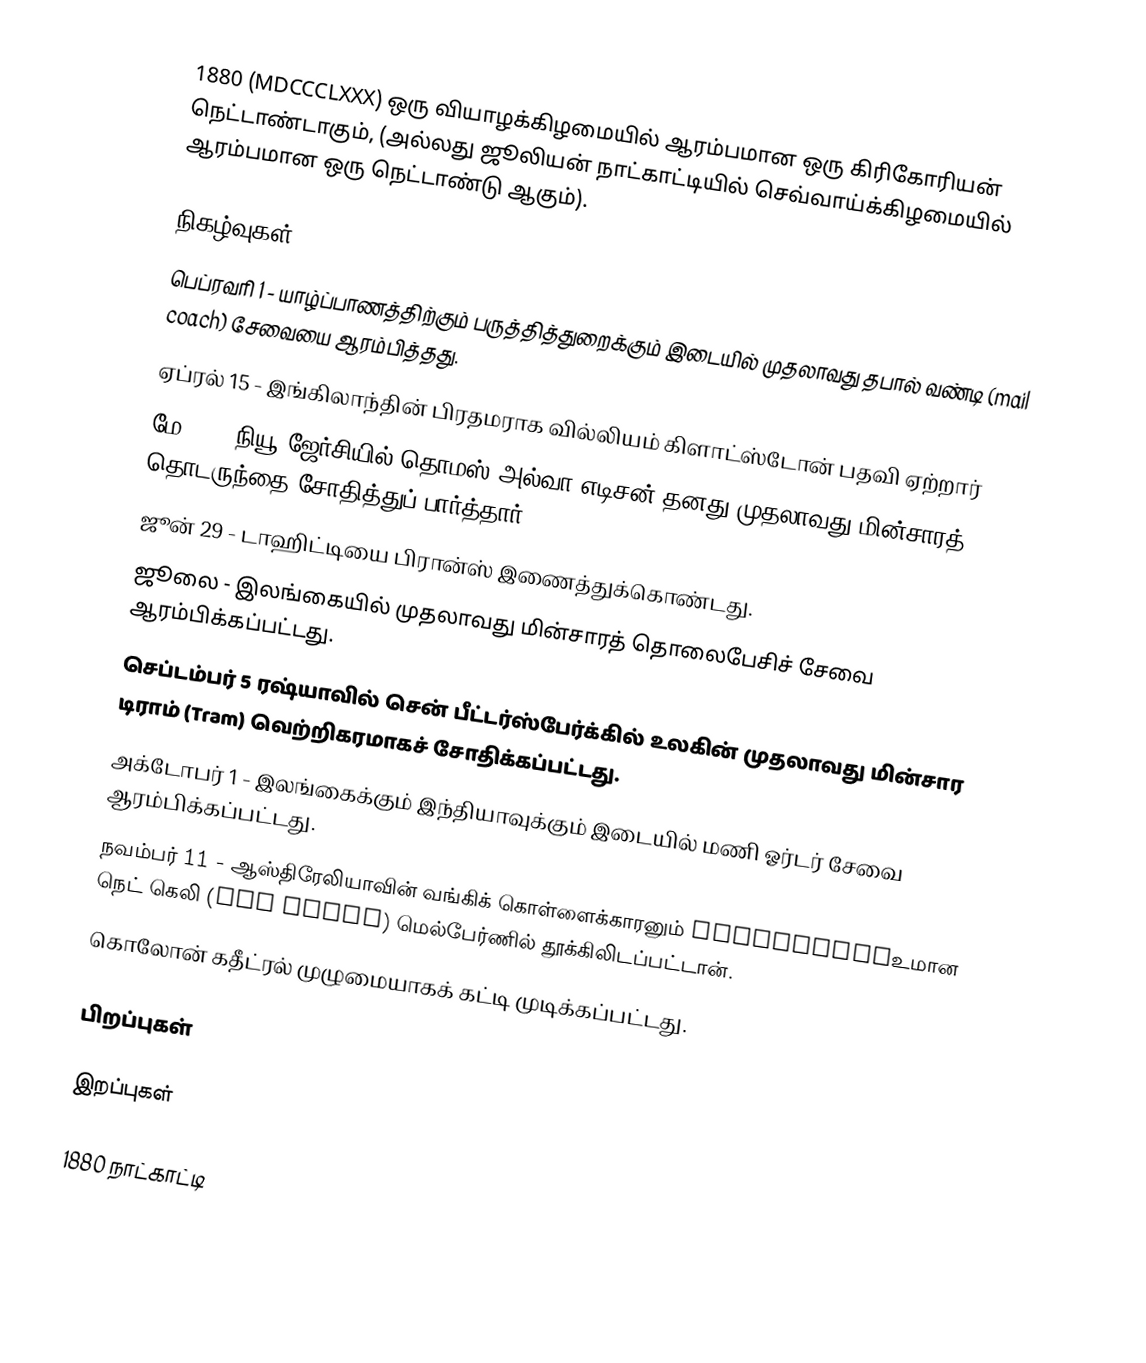
1880  (MDCCCLXXX) ஒரு வியாழக்கிழமையில் ஆரம்பமான ஒரு கிரிகோரியன் நெட்டாண்டாகும், (அல்லது ஜூலியன் நாட்காட்டியில் செவ்வாய்க்கிழமையில் ஆரம்பமான ஒரு நெட்டாண்டு ஆகும்).

நிகழ்வுகள்
 பெப்ரவரி 1 - யாழ்ப்பாணத்திற்கும் பருத்தித்துறைக்கும் இடையில் முதலாவது தபால் வண்டி (mail coach) சேவையை ஆரம்பித்தது.
 ஏப்ரல் 15 - இங்கிலாந்தின் பிரதமராக வில்லியம் கிளாட்ஸ்டோன் பதவி ஏற்றார்
 மே 13 - நியூ ஜேர்சியில் தொமஸ் அல்வா எடிசன் தனது முதலாவது மின்சாரத் தொடருந்தை சோதித்துப் பார்த்தார்.
 ஜூன் 29 - டாஹிட்டியை பிரான்ஸ் இணைத்துக்கொண்டது.
 ஜூலை - இலங்கையில் முதலாவது மின்சாரத் தொலைபேசிச் சேவை ஆரம்பிக்கப்பட்டது.
 செப்டம்பர் 5 ரஷ்யாவில் சென் பீட்டர்ஸ்பேர்க்கில் உலகின் முதலாவது மின்சார டிராம் (Tram) வெற்றிகரமாகச் சோதிக்கப்பட்டது.
 அக்டோபர் 1 - இலங்கைக்கும் இந்தியாவுக்கும் இடையில் மணி ஓர்டர் சேவை ஆரம்பிக்கப்பட்டது.
 நவம்பர் 11 - ஆஸ்திரேலியாவின் வங்கிக் கொள்ளைக்காரனும் bushrangerஉமான நெட் கெலி (Ned Kelly) மெல்பேர்ணில் தூக்கிலிடப்பட்டான்.
 கொலோன் கதீட்ரல் முழுமையாகக் கட்டி முடிக்கப்பட்டது.

பிறப்புகள்

இறப்புகள்

1880 நாட்காட்டி